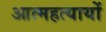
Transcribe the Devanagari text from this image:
आत्महत्यायों